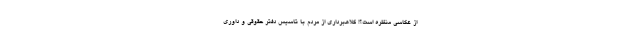
از عکاسی منظره است؟! کلاهبرداری از مردم با تاسیس دفتر حقوقی و داوری